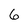
Character: 6